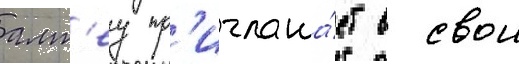
алт'еу пр'иглаша́ет в свои